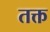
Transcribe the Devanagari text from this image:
तक्त